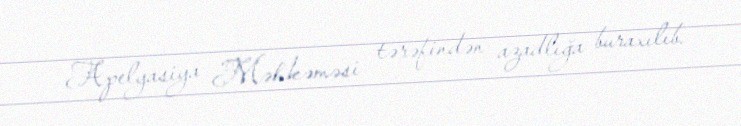
Apelyasiya Məhkəməsi tərəfindən azadlığa buraxılıb.